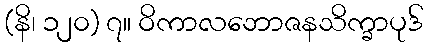
(နိ၊ ၁၂၀) ၇။ ဝိကာလဘောဇနသိက္ခာပုဒ်